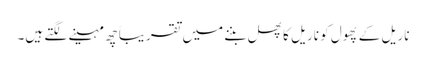
ناریل کے پھول کو ناریل کا پھل بننے میں تقریباً چھ مہینے لگتے ہیں۔